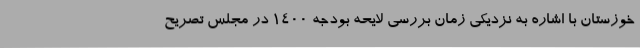
خوزستان با اشاره به نزدیکی زمان بررسی لایحه بودجه 1400 در مجلس تصریح